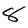
Character: 8